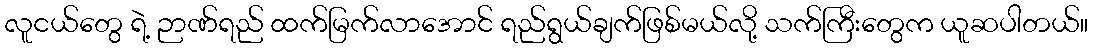
လူငယ်တွေ ရဲ့ ဉာဏ်ရည် ထက်မြက်လာအောင် ရည်ရွယ်ချက်ဖြစ်မယ်လို့ သက်ကြီးတွေက ယူဆပါတယ်။